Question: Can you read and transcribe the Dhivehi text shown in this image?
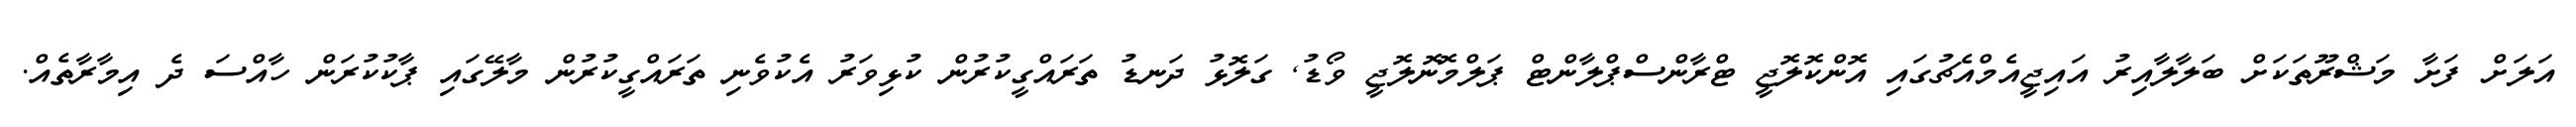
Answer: އަލަށް ފަށާ މަޝްރޫތަކަށް ބަލާލާއިރު އައިޖީއެމްއެޗުގައި އޮންކޮލޮޖީ ޓްރާންސްޕްލާންޓް ޕަލްމޮނޮލޮޖީ ވޯޑު, ގަލޮޅު ދަނޑު ތަރައްގީކުރުން ކުޅިވަރު އެކުވެނި ތަރައްގީކުރުން މާލޭގައި ޕާކުކުރަން ހާއްސަ ދެ އިމާރާތެއް.